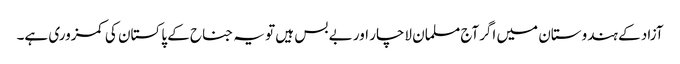
آزاد کے ہندوستان میں اگرآج مسلمان لاچار اور بے بس ہیں تو یہ جناح کے پاکستان کی کمزوری ہے۔